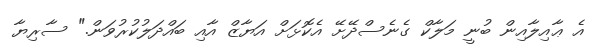
އެ ޢާއިލާއިން ބުނީ މަލާކް ގެނެސްދޭށޭ އެކޮޅަށް އަޔާޒް އާއި ބައްދަލުކުރުވަން." ސާރިޔާ